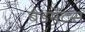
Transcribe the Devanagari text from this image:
बैंडमेटस